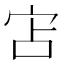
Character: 𭓥